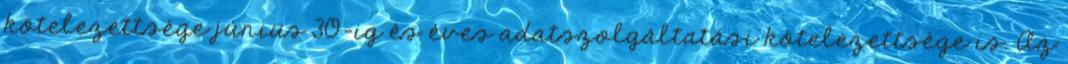
kötelezettsége június 30-ig és éves adatszolgáltatási kötelezettsége is. Az